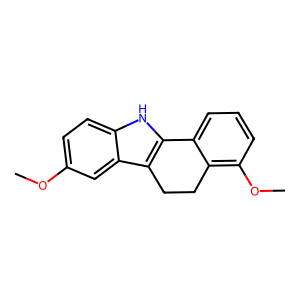
SMILES: COc1ccc2[nH]c3c(c2c1)CCc1c(OC)cccc1-3
Inhibits HIV replication: No